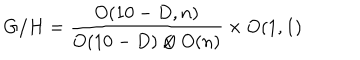
G / H = { \frac { O ( 1 0 - D , n ) } { O ( 1 0 - D ) \otimes O ( n ) } } \times O ( 1 , 1 )